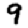
Digit: 9